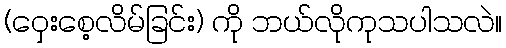
(ဝှေးစေ့လိမ်ခြင်း) ကို ဘယ်လိုကုသပါသလဲ။